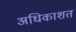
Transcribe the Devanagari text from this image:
अधिकाशत